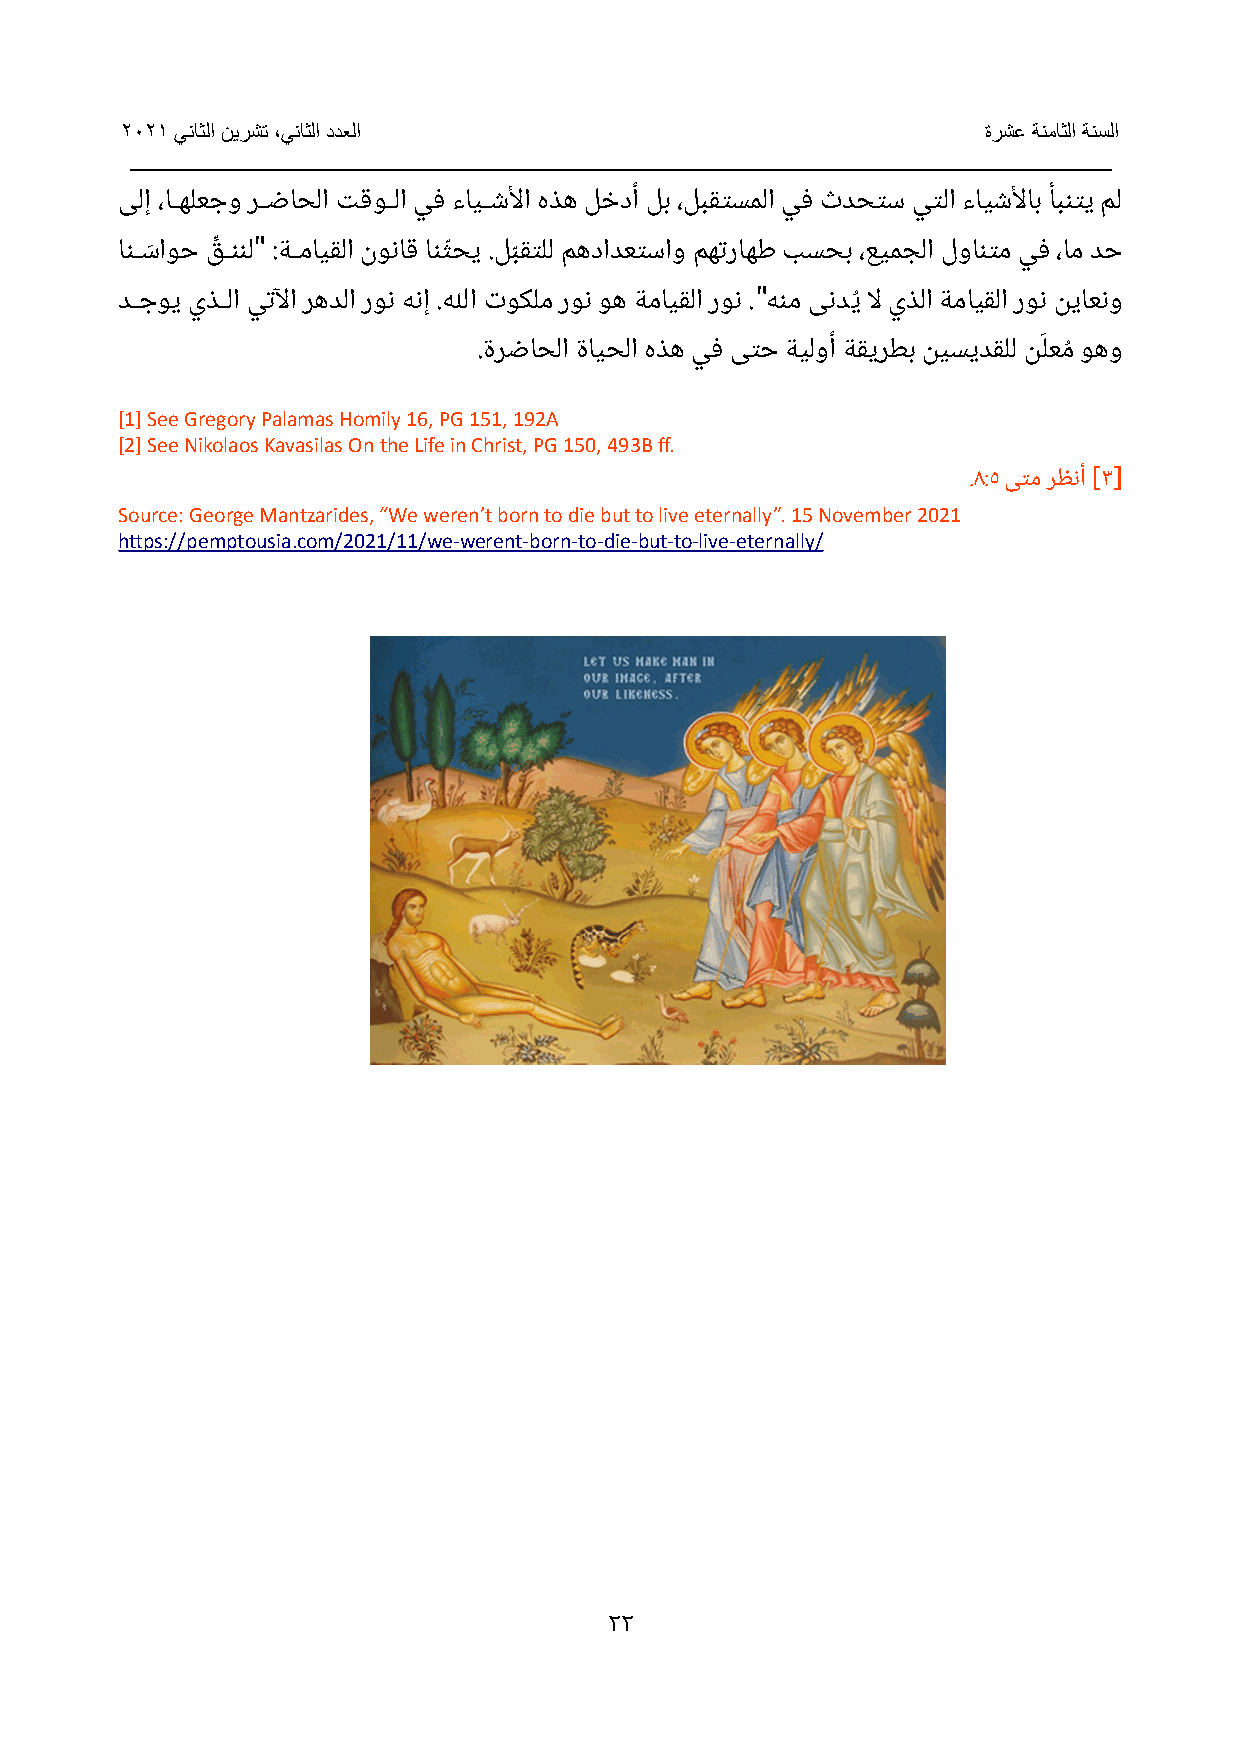
2021 يناثلا نيرشت ،يناثلا ددعلا                          ةرشع ةنماثلا ةنسلا
 _____________________________________________________________________________
 ىلإ ،اIIهلعجو رIIضاحلا تقوIIلا يف ءايIIشلأا هذه لخدأ لب ،لبقتسملا يف ثدحتس يتلا ءايشلأاب أبنتي مل
 "
 انIIسَ اوح قِّ IIننل :ةIIمايقلا نوناق انثّحي .لبّقتلل مهدادعتساو مهتراهط بسحب ،عيمجلا لوانتم يف ،ام دح
 "
 دIIجوي يذIIلا يتلآا رهدلا رون هنإ .للها توكلم رون وه ةمايقلا رون . هنم ىنديُ لا يذلا ةمايقلا رون نياعنو
 َ
 .ةرضاحلا ةايحلا هذه يف ىتح ةيلوأ ةقيرطب نيسيدقلل نلعمُ وهو
 [1] See Gregory Palamas Homily 16, PG 151, 192A
 [2] See Nikolaos Kavasilas On the Life in Christ, PG 150, 493B ff.
 ] [
 .8:5 ىتم رظنأ 3
 Source: George Mantzarides, “We weren’t born to die but to live eternally”. 15 November 2021
 https://pemptousia.com/2021/11/we-werent-born-to-die-but-to-live-eternally/
 22